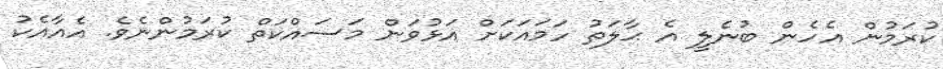
ކުރަމުން އެހެން ބުނެލީ އެ ޙާލަތު ހަމައަކަށް އަޅުވަން މަސައްކަތް ކުރަމުންނެވެ. އެއާއެކު